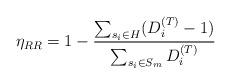
LaTeX: \begin{align*}\eta_{RR}=1-\frac{\sum_{s_i\in H} (D_i^{(T)}-1)}{\sum_{s_i\in S_m}D_i^{(T)}}\end{align*}